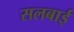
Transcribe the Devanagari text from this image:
सलबाई